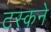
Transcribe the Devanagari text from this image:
टस्कने